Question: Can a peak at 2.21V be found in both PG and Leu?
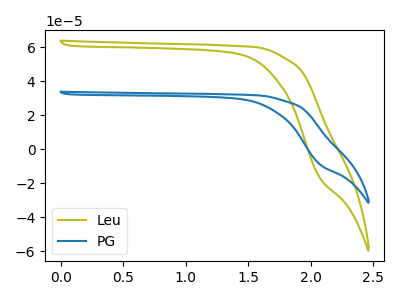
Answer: <think>The olive curve "Leu" has no peaks. The blue curve "PG" has no peaks.</think>
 <answer>No, "PG" and "Leu" dont share a peak at 2.21V.</answer>
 <eval>mismatch</eval>